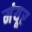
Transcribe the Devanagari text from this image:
मंयूर